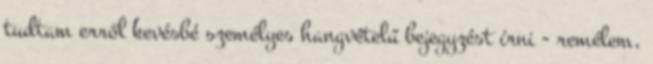
tudtam erről kevésbé személyes hangvételű bejegyzést írni - remélem,